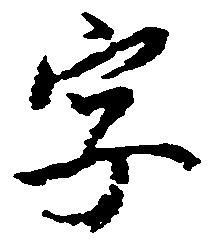
字